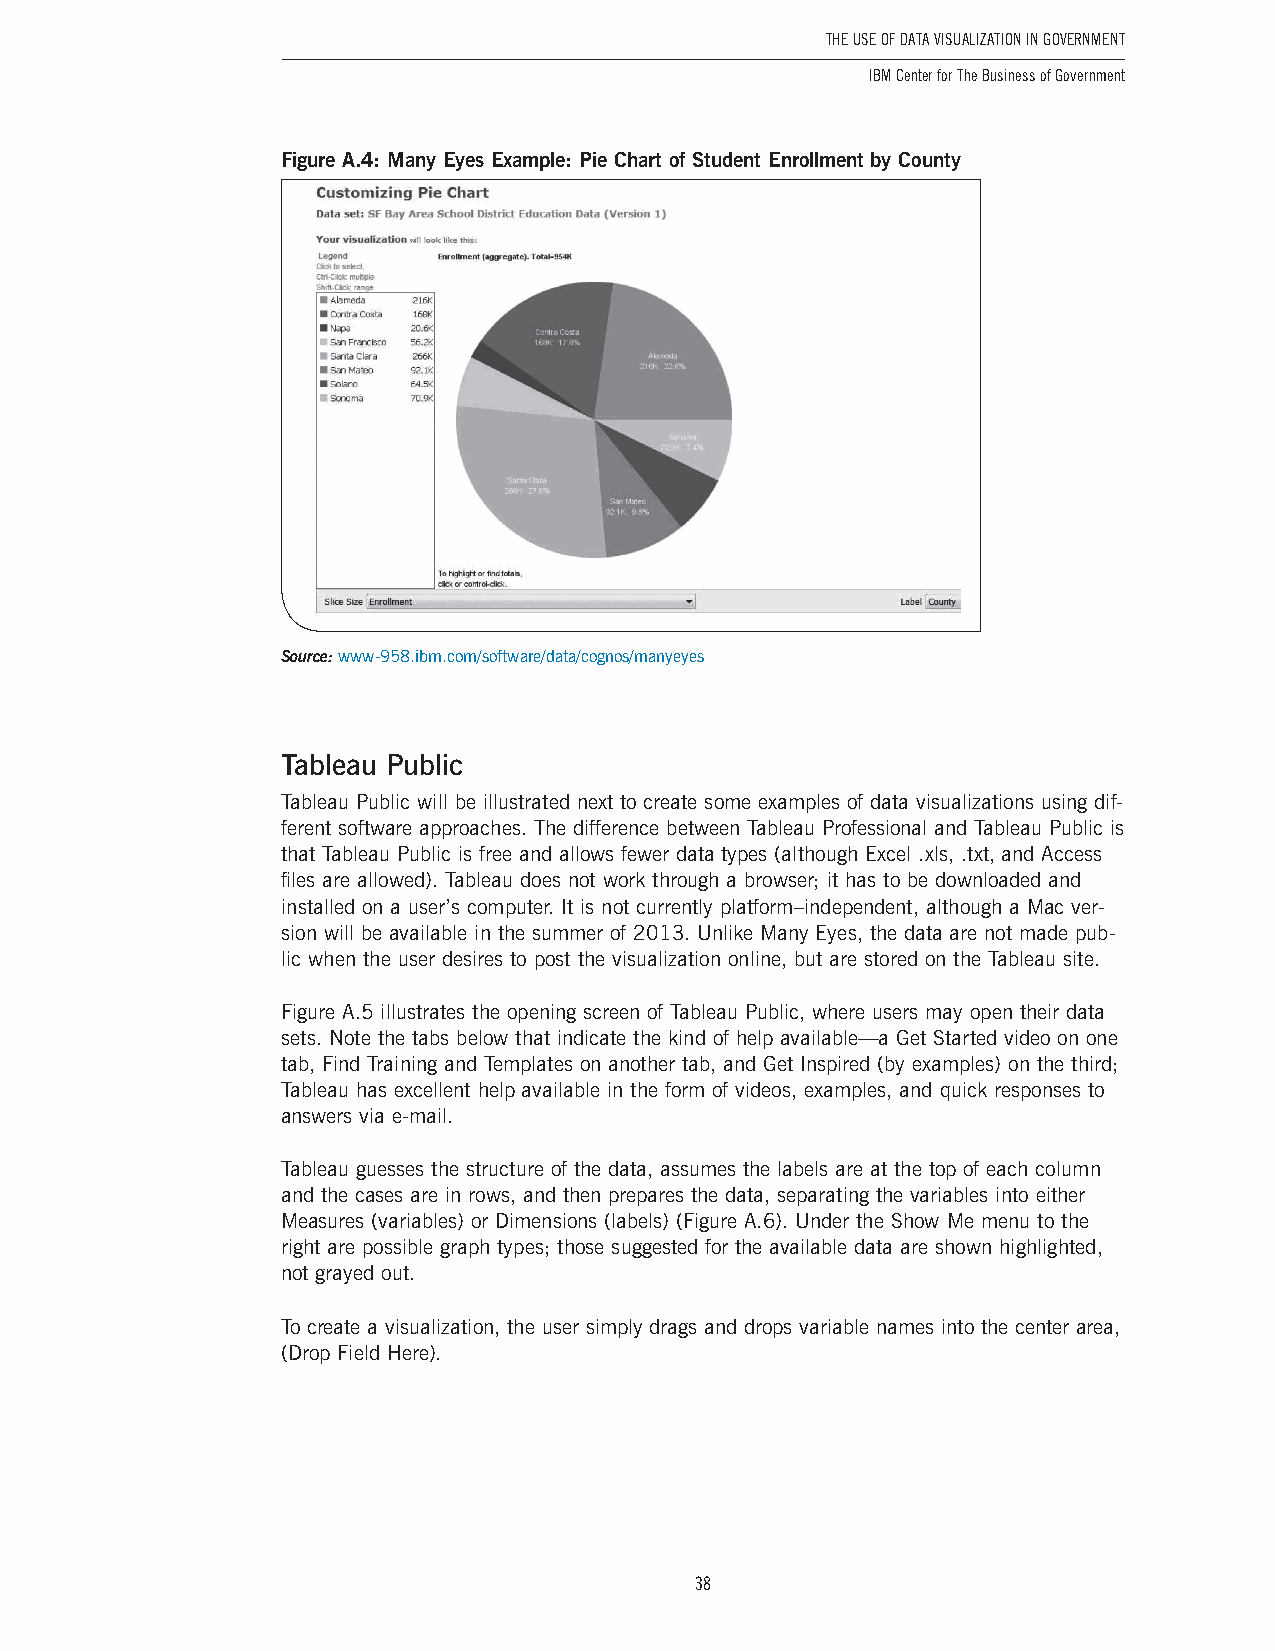
The USe of DaTa ViSUalizaTion in GoVernmenT
 IBM Center for The Business of Government
 Figure A.4: Many Eyes Example: Pie Chart of Student Enrollment by County
 Source: www-958 .ibm .com/software/data/cognos/manyeyes
 Tableau Public
 Tableau Public will be illustrated next to create some examples of data visualizations using dif-
 ferent software approaches . The difference between Tableau Professional and Tableau Public is
 that Tableau Public is free and allows fewer data types (although Excel  .xls,  .txt, and Access
 files are allowed) . Tableau does not work through a browser; it has to be downloaded and
 installed on a user’s computer . It is not currently platform–independent, although a Mac ver-
 sion will be available in the summer of 2013 . Unlike Many Eyes, the data are not made pub-
 lic when the user desires to post the visualization online, but are stored on the Tableau site .
 Figure A .5 illustrates the opening screen of Tableau Public, where users may open their data
 sets . Note the tabs below that indicate the kind of help available—a Get Started video on one
 tab, Find Training and Templates on another tab, and Get Inspired (by examples) on the third;
 Tableau has excellent help available in the form of videos, examples, and quick responses to
 answers via e-mail .
 Tableau guesses the structure of the data, assumes the labels are at the top of each column
 and the cases are in rows, and then prepares the data, separating the variables into either
 Measures (variables) or Dimensions (labels) (Figure A .6) . Under the Show Me menu to the
 right are possible graph types; those suggested for the available data are shown highlighted,
 not grayed out .
 To create a visualization, the user simply drags and drops variable names into the center area,
 (Drop Field Here) .
 38